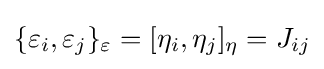
{\textstyle \{\varepsilon _{i},\varepsilon _{j}\}_{\varepsilon }=[\eta _{i},\eta _{j}]_{\eta }=J_{ij}}